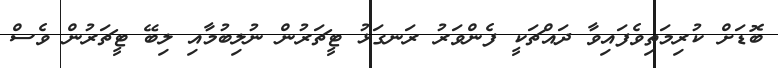
ބޮޑަށް ކުރިމަތިވެފައިވާ ދައްޗަކީ ފެންވަރު ރަނގަޅު ޓީޗަރުން ނުލިބުމާއި ލިބޭ ޓީޗަރުން ވެސް